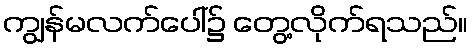
ကျွန်မလက်ပေါ်၌ တွေ့လိုက်ရသည်။